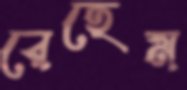
রেহেম